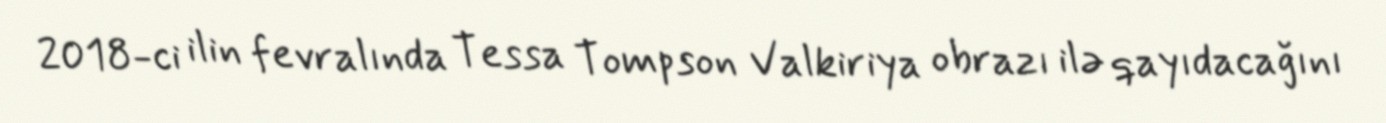
2018-ci ilin fevralında Tessa Tompson Valkiriya obrazı ilə qayıdacağını